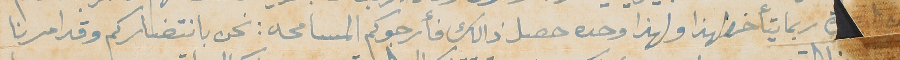
من 	ربما يتأخر لهذا ولهذا وحده حصل ذالك فأرجوكم المسامحه: نحن بانتضاركم وقد امرنا